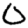
Digit: 0